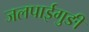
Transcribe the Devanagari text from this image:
जलपाईगुङी